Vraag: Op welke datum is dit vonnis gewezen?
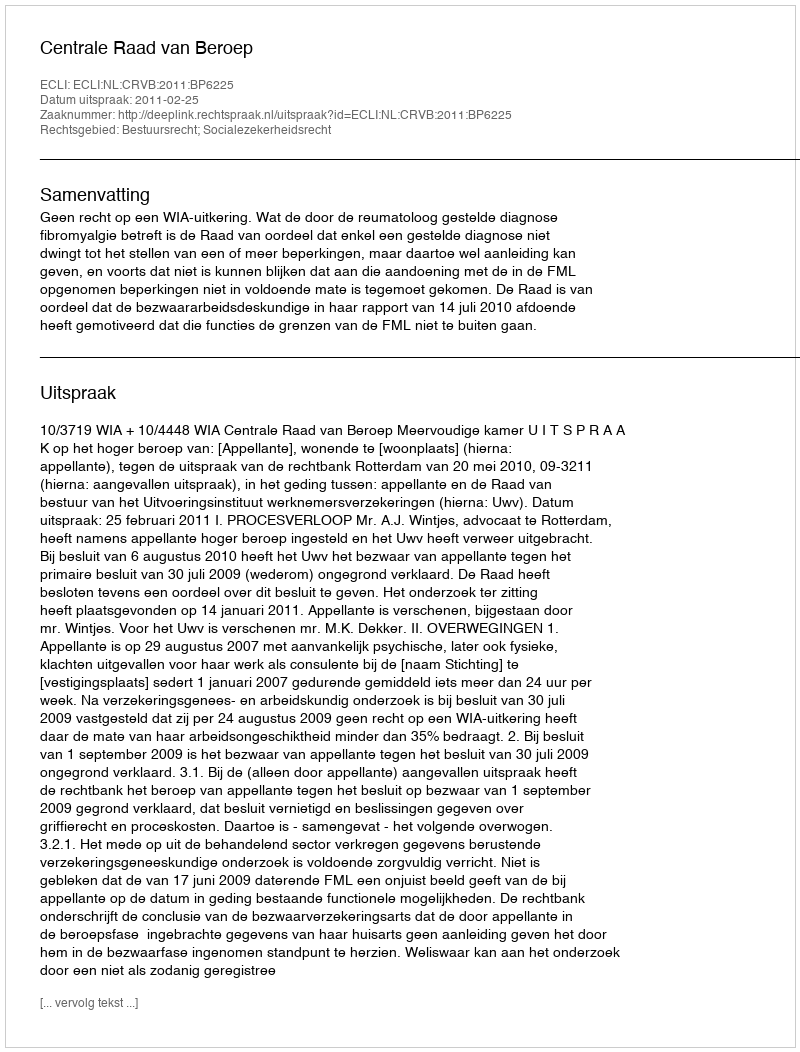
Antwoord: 2011-02-25